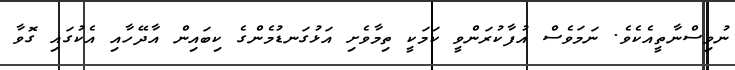
ނުވިސްނާތީއެކެވެ. ނަމަވެސް އުފާކުރަންވީ ކަމަކީ ތިމާވެށި އަޅުގަނޑުމެންގެ ކިބައިން އާދޭހާއި އެކުގައި ގޮވާ